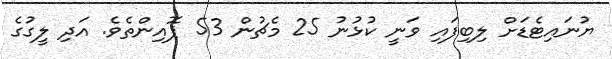
ޔުނައިޓެޑަށް ލިބިފައި ވަނީ ކުޅުނު 25 މެޗުން 53 ޕޮއިންތެވެ. އަދި ލީގުގެ